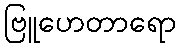
ဗြူဟေတာရော